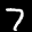
Label: 7